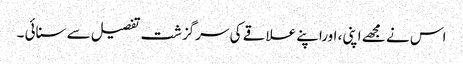
اس نے مجھے اپنی، اوراپنے علاقے کی سرگزشت تفصیل سے سنائی ۔